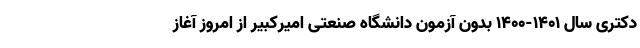
دکتری سال ۱۴۰۱-۱۴۰۰ بدون آزمون دانشگاه صنعتی امیرکبیر از امروز آغاز